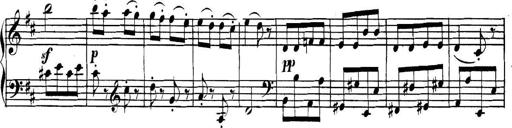
Title: Collected Piano Sonatas
Composer: Muzio Clementi